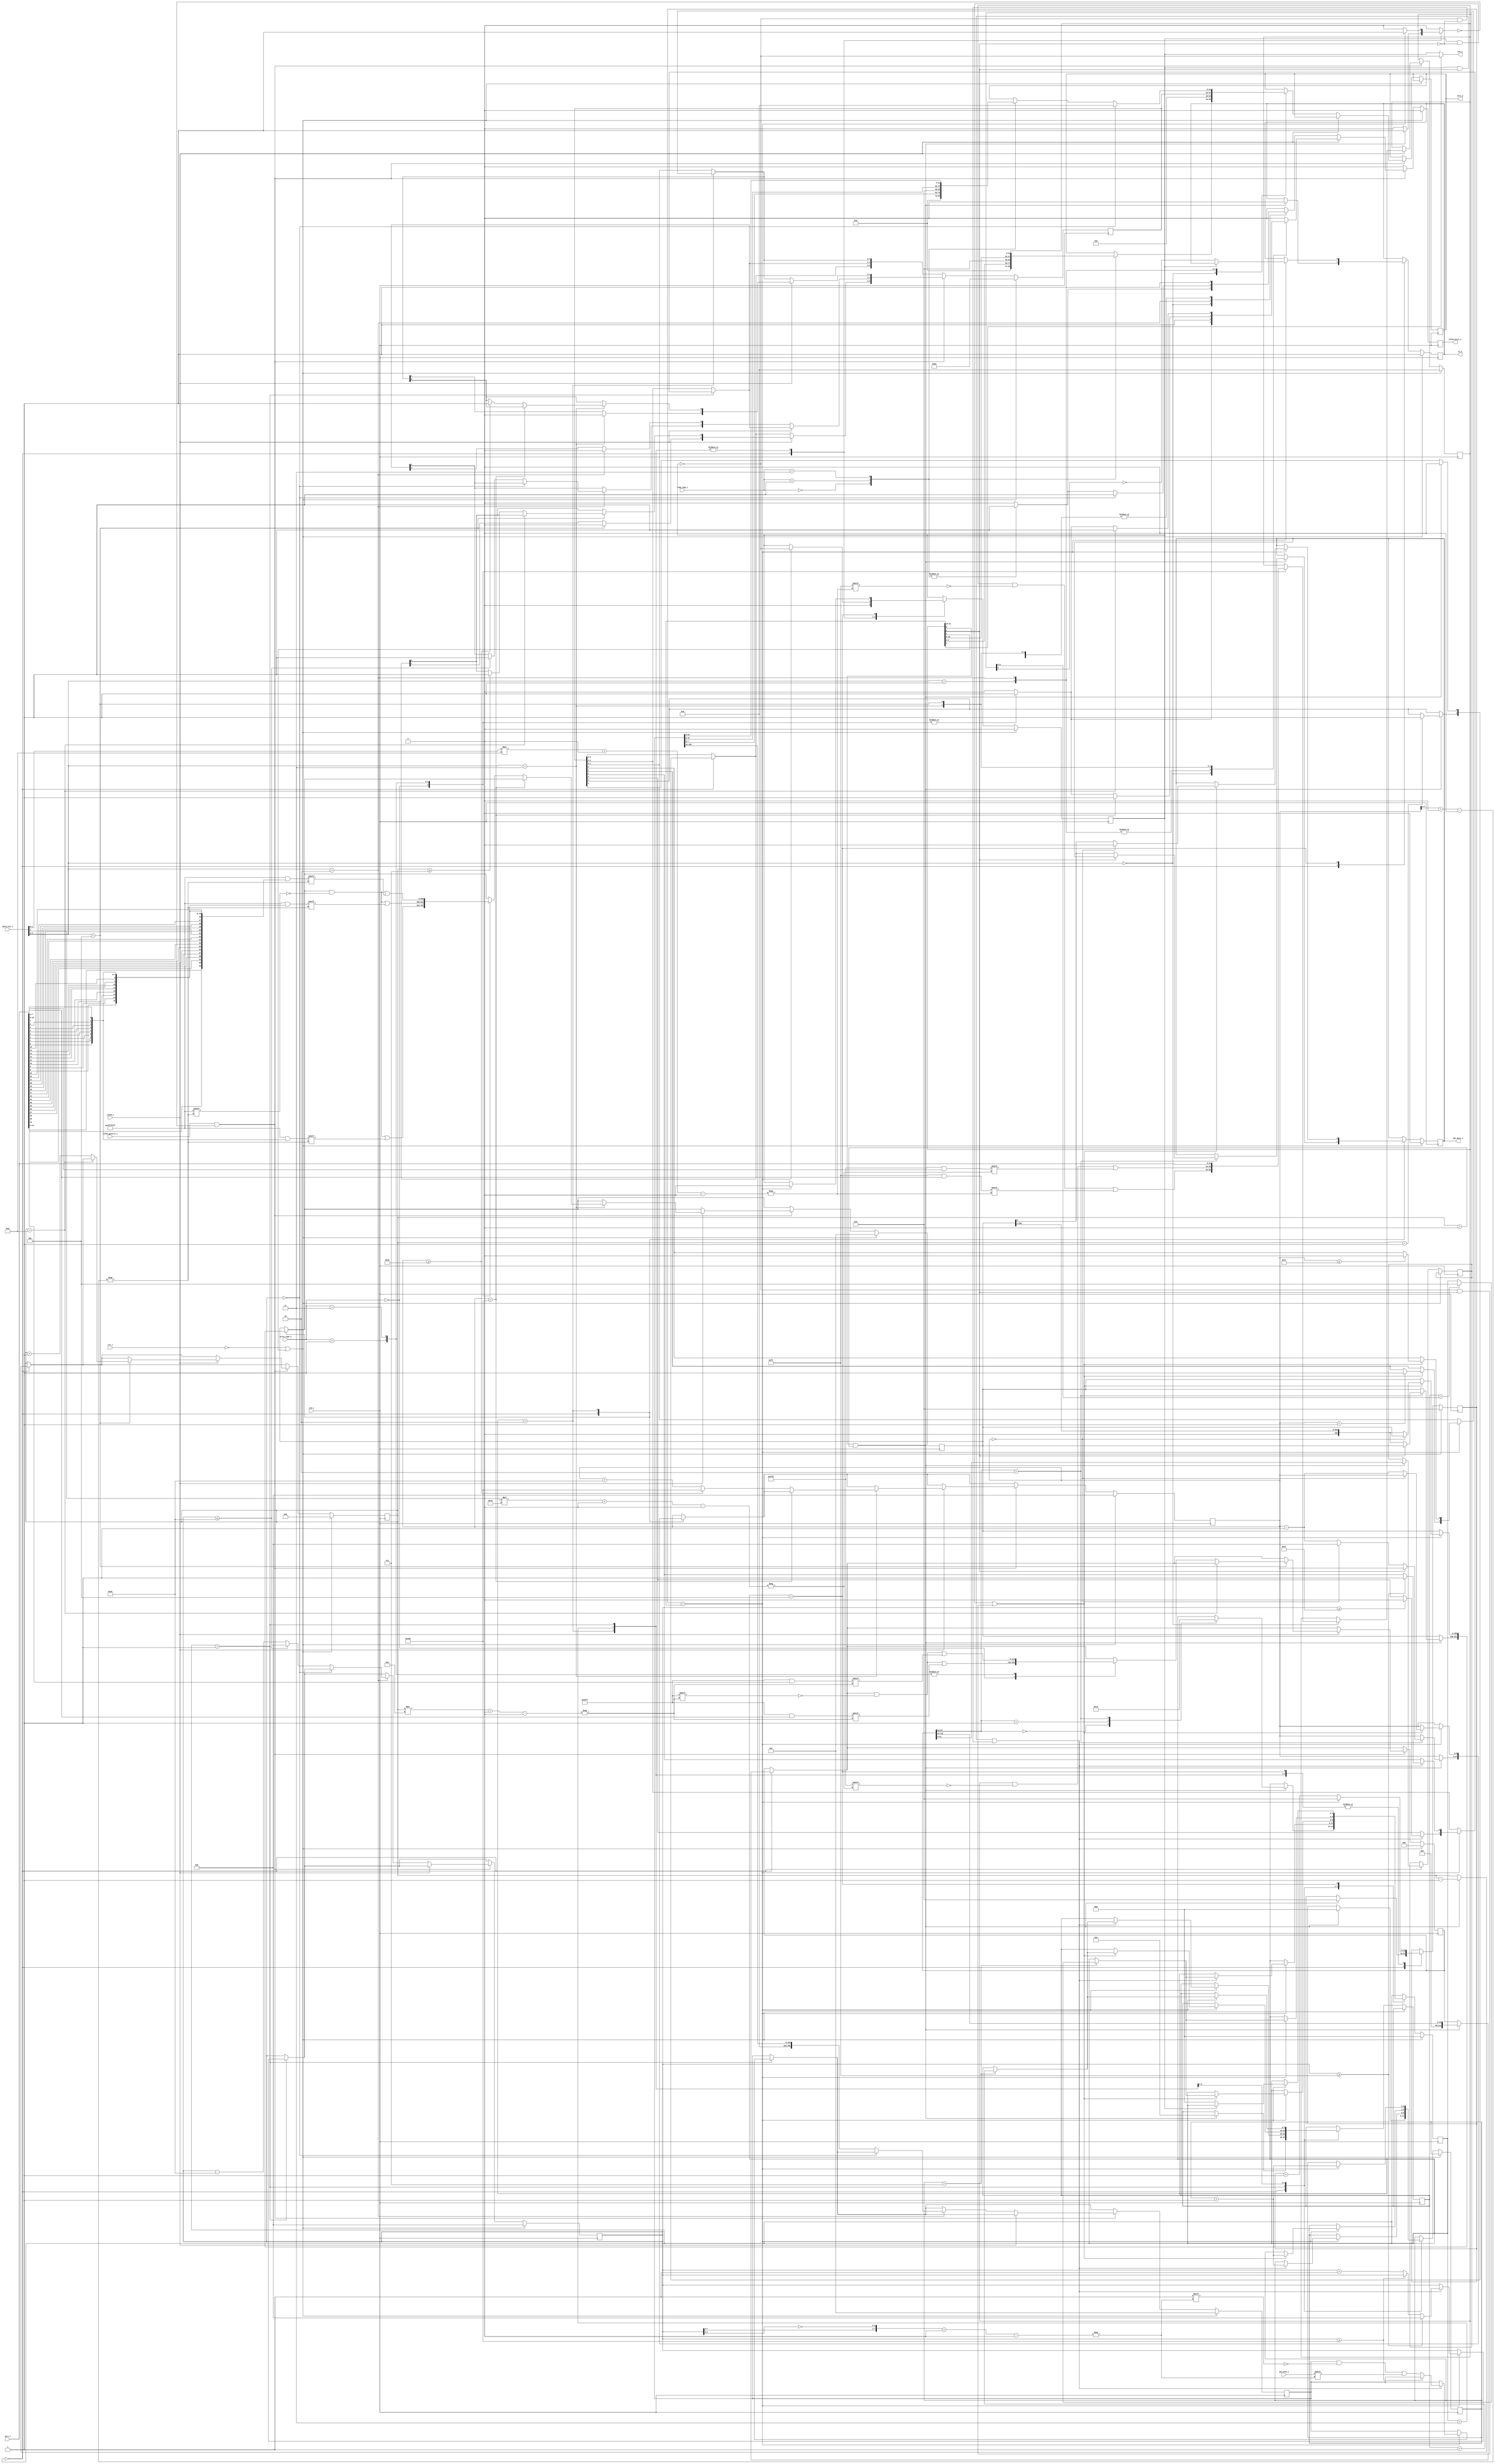
`define SPI_CTRL   5'h00
`define SPI_STATUS 5'h04
`define SPI_RDATA  5'h08
`define SPI_WDATA  5'h0c
`define SPI_CMD    5'h10

`timescale 1ns / 1ps

module spi(
   input         clk_i,
   input         rst_i,

   input  [4:0]  adres_bit_i,
   input         islem_i,
   input         islem_gecerli_i,
   input  [1:0]  read_type_i,
   input  [1:0]  write_type_i,
   input  [31:0] veri_i,

   output        islem_bitti_o,
   output [31:0] veri_o,

   output        cs_o,
   output        sck_o,
   output        spi_mosi_o,
   input         spi_miso_i
);
   localparam   DURUM_IDLE     = 3'b000;
   localparam   DURUM_RECEIVE  = 3'b001;
   localparam   DURUM_TRANSMIT = 3'b010;
   localparam   DURUM_BOS      = 3'b011;
   localparam   DURUM_BITIR    = 3'b100;

   reg          islem_bitti_r;
   reg          islem_bitti_ns;
   reg          stall_cmb;

   reg          cs_r;
   reg          cs_ns;
   reg          sck_r;
   reg          sck_ns;
   reg          spi_mosi_r;
   reg          spi_mosi_ns;

   reg  [255:0] miso_buffer_r;
   reg  [255:0] miso_buffer_ns;
   reg  [8:0]   miso_count_r;
   reg  [8:0]   miso_count_ns;
   wire [7:0]   miso_pointer_w;

   reg  [255:0] mosi_buffer_r;
   reg  [255:0] mosi_buffer_ns;
   reg  [8:0]   mosi_count_r;
   reg  [8:0]   mosi_count_ns;
   wire [7:0]   mosi_pointer_w;

   reg  [31:0]  spi_ctrl_r;
   reg  [31:0]  spi_ctrl_ns;

   reg  [5:0]   spi_status_r;
   reg  [5:0]   spi_status_ns;

   reg  [111:0] cmd_buffer_r;
   reg  [111:0] cmd_buffer_ns;
   reg  [3:0]   cmd_count_r;
   reg  [3:0]   cmd_count_ns;
   reg  [13:0]  cmd_current_r;
   reg  [13:0]  cmd_current_ns;

   reg  [31:0]  veri_r;
   reg  [31:0]  veri_ns;

   reg  [2:0]   durum_r;
   reg  [2:0]   durum_ns;

   reg  [15:0]  sayac_r;
   reg  [15:0]  sayac_ns;

   wire         spi_en_w;
   wire         spi_rst_w;
   wire         cpha_w;
   wire         cpol_w;
   wire [15:0]  sck_div_w;

   wire [8:0]   length_w;
   wire         cs_active_w;

   reg  [9:0]   transferred_length_r;
   reg  [9:0]   transferred_length_ns;    
   reg  [2:0]   bit_count_r;
   reg  [2:0]   bit_count_ns;
   
   always @(*) begin
      islem_bitti_ns = 1'b0;
      stall_cmb = 1'b0;
      veri_ns = veri_r;
      cs_ns = cs_r;
      sck_ns = sck_r;
      spi_mosi_ns = spi_mosi_r;
      miso_buffer_ns = miso_buffer_r;
      miso_count_ns = miso_count_r;
      mosi_buffer_ns = mosi_buffer_r;
      mosi_count_ns = mosi_count_r;
      spi_ctrl_ns = spi_ctrl_r;
      spi_status_ns = spi_status_r;
      cmd_buffer_ns = cmd_buffer_r;
      cmd_count_ns = cmd_count_r;
      durum_ns = durum_r;
      sayac_ns = sayac_r;
      cmd_current_ns = cmd_current_r;
      transferred_length_ns = transferred_length_r;
      bit_count_ns = bit_count_r;

      case (durum_r)
         DURUM_IDLE: begin
            sck_ns = 1'b0;
            if(spi_en_w && cmd_count_r > 4'd0) begin
               stall_cmb = 1;
               cmd_current_ns = cmd_buffer_r[13:0];
               cmd_buffer_ns = cmd_buffer_r >> 4'd14;
               cmd_count_ns = cmd_count_r - 1'b1;
               spi_status_ns[4:4] = 1'b0;
               if(cmd_count_r == 4'd1) begin
                  spi_status_ns[5:5] = 1'b1;
               end
               sayac_ns = 16'b0;
               cs_ns = 1'b0;
               transferred_length_ns = 10'd0;
               bit_count_ns = 3'd0;
               case (cmd_buffer_r[13:12])
                  2'b00: begin // bos dongu (her neyse artik bu)
                     durum_ns = DURUM_BOS;
                  end
                  2'b01: begin // miso
                     durum_ns = DURUM_RECEIVE;
                  end
                  2'b10: begin // mosi
                     if(!cpha_w) begin
                        spi_mosi_ns = mosi_buffer_r[0:0];
                        mosi_buffer_ns = mosi_buffer_r >> 1'b1;
                        mosi_count_ns = mosi_count_r - 1'b1;
                        if(mosi_count_r == 9'd0) begin
                           mosi_count_ns = 9'd0;
                        end
                     end
                     durum_ns = DURUM_TRANSMIT;
                  end
               endcase
            end
         end
         DURUM_RECEIVE: begin
            sayac_ns = sayac_r + 1'b1;
            if(sayac_r == sck_div_w) begin
               sayac_ns = 16'b0;
               stall_cmb = 1'b1;

               sck_ns = !sck_r;
               if((sck_r && cpha_w) || (!sck_r && !cpha_w)) begin
                  if(!(miso_count_r >= 9'd256)) begin
                     miso_buffer_ns[{miso_pointer_w[7:3], ~miso_pointer_w[2:0]} +: 1] = spi_miso_i;
                     miso_count_ns = miso_count_r + 1'b1;
                  end
                  bit_count_ns = bit_count_r + 1'b1;

                  if(miso_count_r >= 31) begin
                     spi_status_ns[3:3] = 1'b0;
                  end

                  if(miso_count_r >= 255) begin
                     spi_status_ns[2:2] = 1'b1;
                     miso_count_ns = 9'd0;
                  end

                  if(bit_count_r == 3'b111) begin
                     transferred_length_ns = transferred_length_r + 1'b1;
                     if(transferred_length_r == length_w) begin
                        durum_ns = DURUM_BITIR;
                     end
                  end
               end
            end
         end
         DURUM_TRANSMIT: begin
            sayac_ns = sayac_r + 1'b1;
            if(sayac_r == sck_div_w) begin
               sayac_ns = 16'b0;
               stall_cmb = 1'b1;

               sck_ns = !sck_r;
               if((sck_r && !cpha_w) || (!sck_r && cpha_w)) begin
                  if(mosi_count_r == 9'd0) begin
                     spi_mosi_ns = 1'b0;
                  end
                  else begin
                     spi_mosi_ns = mosi_buffer_r[0:0];
                     mosi_buffer_ns = mosi_buffer_r >> 1'b1;
                     mosi_count_ns = mosi_count_r - 1'b1;
                  end
                  bit_count_ns = bit_count_r + 1'b1;

                  if(mosi_count_r == 1) begin
                     spi_status_ns[1:1] = 1'b1;
                  end

                  if(mosi_count_r <= 8'd225) begin
                     spi_status_ns[0:0] = 1'b0;
                  end

                  if(bit_count_r == 3'b111) begin
                     transferred_length_ns = transferred_length_r + 1'b1;
                     if(transferred_length_r == length_w) begin
                        durum_ns = DURUM_BITIR;
                     end
                  end
               end
            end
         end
         DURUM_BOS: begin // bu durum cok sacma oldu groupsa sormak sart (direction = bos dongu)
            sayac_ns = sayac_r + 1'b1;
            if(sayac_r == sck_div_w) begin
               sayac_ns = 16'b0;
               stall_cmb = 1'b1;

               sck_ns = !sck_r;

               bit_count_ns = bit_count_r + 1'b1;
               if(bit_count_r == 3'b111) begin
                  transferred_length_ns = transferred_length_r + 1'b1;
                  if(transferred_length_r == length_w) begin
                     durum_ns = DURUM_BITIR;
                  end
               end
            end
         end
         DURUM_BITIR: begin
            sayac_ns = sayac_r + 1'b1;
            if(sayac_r == sck_div_w) begin
               sayac_ns = 16'b0;
                              
               sck_ns = 1'b0;

               if(!sck_r) begin
                  cs_ns = !cs_active_w;
                  durum_ns = DURUM_IDLE;
               end
            end
         end
      endcase

      if(islem_gecerli_i && !stall_cmb) begin
         if(islem_i) begin // yaz
            case ({adres_bit_i[4:2], 2'b00})
               `SPI_CTRL: begin
                  case (write_type_i)
                     2'b00: begin
                        spi_ctrl_ns[(adres_bit_i[1:0]*8) +: 8] = veri_i[7:0];
                        islem_bitti_ns = 1'b1;
                     end
                     2'b01: begin
                        spi_ctrl_ns[(adres_bit_i[1:1]*16) +: 16] = veri_i[15:0];
                        islem_bitti_ns = 1'b1;
                     end
                     2'b11: begin
                        spi_ctrl_ns[31:0] = veri_i[31:0];
                        islem_bitti_ns = 1'b1;
                     end
                  endcase
               end
               `SPI_STATUS: begin
                  // sadece okuma
                  islem_bitti_ns = 1'b1;
               end
               `SPI_RDATA: begin
                  // sadece okuma
                  islem_bitti_ns = 1'b1;
               end
               `SPI_WDATA: begin
                  spi_status_ns[1:1] = 1'b0;
                  if(mosi_count_r == 9'd256) begin
                     islem_bitti_ns = 1'b1;
                  end
                  else begin
                     if(mosi_count_r >= 8'd224) begin
                        spi_status_ns[0:0] = 1'b1;
                        mosi_count_ns = 9'd256;
                     end
                     else begin
                        mosi_count_ns = mosi_count_r + 6'd32;
                     end
                     case (write_type_i)
                        2'b00: begin
                           mosi_buffer_ns[mosi_pointer_w +: 32] = {24'b0, veri_i[0], veri_i[1], veri_i[2], veri_i[3], veri_i[4], veri_i[5], veri_i[6], veri_i[7]};
                           islem_bitti_ns = 1'b1;
                        end
                        2'b01: begin
                           mosi_buffer_ns[mosi_pointer_w +: 32] = {16'b0, veri_i[8], veri_i[9], veri_i[10], veri_i[11], veri_i[12], veri_i[13], veri_i[14], veri_i[15], veri_i[0], veri_i[1], veri_i[2], veri_i[3], veri_i[4], veri_i[5], veri_i[6], veri_i[7]};
                           islem_bitti_ns = 1'b1;
                        end
                        2'b11: begin
                           mosi_buffer_ns[mosi_pointer_w +: 32] = {veri_i[24], veri_i[25], veri_i[26], veri_i[27], veri_i[28], veri_i[29], veri_i[30], veri_i[31], veri_i[16], veri_i[17], veri_i[18], veri_i[19], veri_i[20], veri_i[21], veri_i[22], veri_i[23], veri_i[8], veri_i[9], veri_i[10], veri_i[11], veri_i[12], veri_i[13], veri_i[14], veri_i[15], veri_i[0], veri_i[1], veri_i[2], veri_i[3], veri_i[4], veri_i[5], veri_i[6], veri_i[7]};
                           islem_bitti_ns = 1'b1;
                        end
                     endcase
                  end
               end
               `SPI_CMD: begin
                  spi_status_ns[5:5] = 1'b0;
                  if(cmd_count_r == 4'd8) begin
                     islem_bitti_ns = 1'b1;
                  end
                  else begin
                     if(cmd_count_r >= 3'd7) begin
                        spi_status_ns[4:4] = 1;
                     end
                     cmd_count_ns = cmd_count_r + 1'b1;
                     case (write_type_i)
                        2'b00: begin
                           cmd_buffer_ns[(cmd_count_r*14) +: 14] = {6'b0, veri_i[7:0]};
                           islem_bitti_ns = 1'b1;
                        end
                        2'b01: begin
                           cmd_buffer_ns[(cmd_count_r*14) +: 14] = veri_i[13:0];
                           islem_bitti_ns = 1'b1;
                        end
                        2'b11: begin
                           cmd_buffer_ns[(cmd_count_r*14) +: 14] = veri_i[13:0];
                           islem_bitti_ns = 1'b1;
                        end
                     endcase
                  end
               end
            endcase
         end
         else begin // oku
            case ({adres_bit_i[4:2], 2'b00})
               `SPI_CTRL: begin
                  case (read_type_i)
                     2'b00: begin
                        veri_ns[31:0] = {24'b0, spi_ctrl_r[7:0]};
                        islem_bitti_ns = 1'b1;
                     end
                     2'b01: begin
                        veri_ns[31:0] = {16'b0, spi_ctrl_r[15:0]};
                        islem_bitti_ns = 1'b1;
                     end
                     2'b11: begin
                        veri_ns[31:0] = spi_ctrl_r[31:0];
                        islem_bitti_ns = 1'b1;
                     end
                  endcase
               end
               `SPI_STATUS: begin
                  veri_ns[31:0] = {26'b0, spi_status_r[5:0]};
                  islem_bitti_ns = 1'b1;
               end
               `SPI_RDATA: begin
                  spi_status_ns[2:2] = 1'b0;
                  if(miso_count_r == 0) begin
                     veri_ns = 32'b0;
                     islem_bitti_ns = 1'b1;
                  end
                  else begin
                     miso_buffer_ns = miso_buffer_r >> 6'd32;
                     if(miso_count_r <= 32) begin
                        spi_status_ns[3:3] = 1'b1;
                        miso_count_ns = 1'b0;
                     end
                     else begin
                        miso_count_ns = miso_count_r - 6'd32;
                     end
                     case (read_type_i)
                        2'b00: begin
                           veri_ns[31:0] = {24'b0, miso_buffer_r[7:0]};
                           islem_bitti_ns = 1'b1;
                        end
                        2'b01: begin
                           veri_ns[31:0] = {16'b0, miso_buffer_r[15:0]};
                           islem_bitti_ns = 1'b1;
                        end
                        2'b11: begin
                           veri_ns[31:0] = miso_buffer_r[31:0];
                           islem_bitti_ns = 1'b1;
                        end
                     endcase
                  end
               end
               `SPI_WDATA: begin
                  // sadece yazma
                  islem_bitti_ns = 1'b1;
               end
               `SPI_CMD: begin
                  // sadece yazma
                  islem_bitti_ns = 1'b1;
               end
            endcase
         end
      end
   end

   always @(posedge clk_i) begin
      if(!rst_i || spi_ctrl_r[1:1]) begin
         cs_r                 <= 1'b1;
         sck_r                <= 1'b0;
         spi_mosi_r           <= 1'b0;
         islem_bitti_r        <= 1'b0;
         spi_ctrl_r           <= 32'b0;
         spi_status_r         <= 6'b101010;
         miso_buffer_r        <= 256'b0;
         miso_count_r         <= 9'b0;
         mosi_buffer_r        <= 256'b0;
         mosi_count_r         <= 9'b0;
         cmd_buffer_r         <= 112'b0;
         cmd_count_r          <= 9'b0;
         durum_r              <= 2'b0;
         sayac_r              <= 16'b0;
      end
      else begin
         cs_r                 <= cs_ns;
         sck_r                <= sck_ns;
         spi_mosi_r           <= spi_mosi_ns;
         islem_bitti_r        <= islem_bitti_ns;
         veri_r               <= veri_ns;
         spi_ctrl_r           <= spi_ctrl_ns;
         spi_status_r         <= spi_status_ns;
         miso_buffer_r        <= miso_buffer_ns;
         miso_count_r         <= miso_count_ns;
         mosi_buffer_r        <= mosi_buffer_ns;
         mosi_count_r         <= mosi_count_ns;
         cmd_buffer_r         <= cmd_buffer_ns;
         cmd_count_r          <= cmd_count_ns;
         durum_r              <= durum_ns;
         sayac_r              <= sayac_ns;
         cmd_current_r        <= cmd_current_ns;
         transferred_length_r <= transferred_length_ns;
         bit_count_r          <= bit_count_ns;
      end
   end

   assign islem_bitti_o  = islem_bitti_r;
   assign veri_o         = veri_r;
   assign cs_o           = cs_r;
   assign sck_o          = cpol_w ? !sck_r : sck_r;
   assign spi_mosi_o     = spi_mosi_r;
   assign miso_pointer_w = miso_count_r[7:0];
   assign mosi_pointer_w = mosi_count_r[7:0];

   assign spi_en_w       = spi_ctrl_r[0:0];
   assign spi_rst_w      = spi_ctrl_r[1:1];
   assign cpha_w         = spi_ctrl_r[2:2];
   assign cpol_w         = spi_ctrl_r[3:3];
   assign sck_div_w      = spi_ctrl_r[31:16];

   assign length_w       = cmd_current_r[8:0];
   assign cs_active_w    = cmd_current_r[9:9];
endmodule